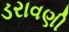
ડરાવણી